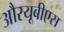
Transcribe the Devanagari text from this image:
औरयूबीएस